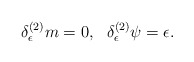
\begin{align*}\delta^{(2)}_{\epsilon} m = 0, \ \ \delta^{(2)}_{\epsilon} \psi = \epsilon. \end{align*}